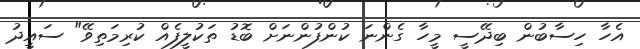
އެހާ ހިސާބުން ބިދޭސީ މީހާ ގެންނަ ކުންފުންނަށް ބޮޑު ތަކުލީފެއް ކުރިމަތިވޭ" ސައީދު